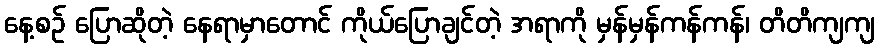
နေ့စဉ် ပြောဆိုတဲ့ နေရာမှာတောင် ကိုယ်ပြောချင်တဲ့ အရာကို မှန်မှန်ကန်ကန်၊ တိတိကျကျ